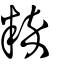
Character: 粹